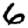
Digit: 6